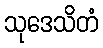
သုဒေသိတံ